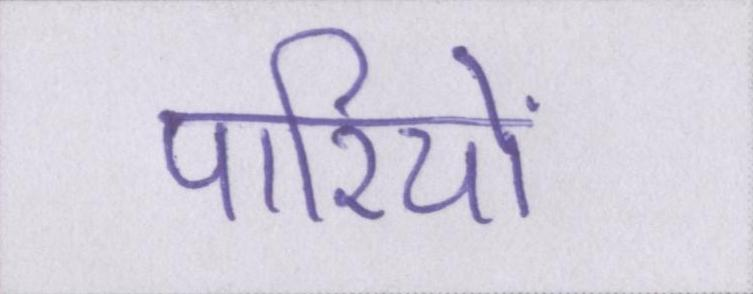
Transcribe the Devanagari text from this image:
पारियों